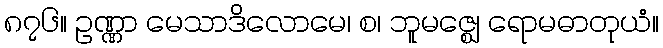
၈၇၆။ ဥဏ္ဏာ မေသာဒိလောမေ၊ စ၊ ဘူမဇ္ဈေ ရောမဓာတုယံ။